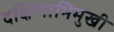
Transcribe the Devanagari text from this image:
दक्षिणाभिमुखी